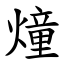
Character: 燑